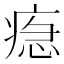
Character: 𤷞